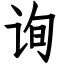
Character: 询